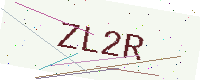
Text: ZL2R